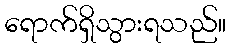
ရောက်ရှိသွားရသည်။